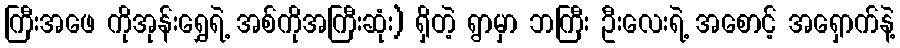
ကြီးအဖေ ကိုအုန်းရွှေရဲ့ အစ်ကိုအကြီးဆုံး) ရှိတဲ့ ရွာမှာ ဘကြီး ဦးလေးရဲ့ အစောင့် အရှောက်နဲ့